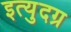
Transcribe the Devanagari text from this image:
इत्युदग्र